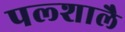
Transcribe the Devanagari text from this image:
पल्शालै